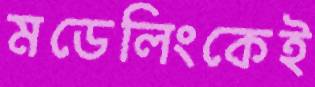
মডেলিংকেই